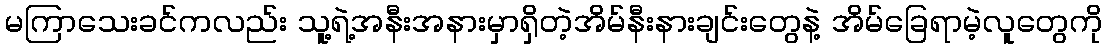
မကြာသေးခင်ကလည်း သူ့ရဲ့အနီးအနားမှာရှိတဲ့အိမ်နီးနားချင်းတွေနဲ့ အိမ်ခြေရာမဲ့လူတွေကို